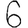
Digit: 6